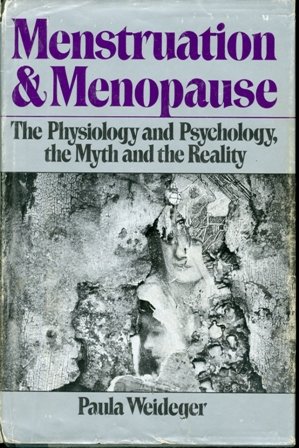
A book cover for Menstruation and Menopause: The Physiology and Psychology, the Myth and the Reality; Paula Weideger; Health, Fitness & Dieting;